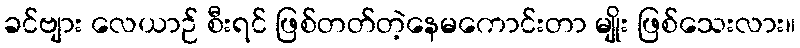
ခင်ဗျား လေယာဉ် စီးရင် ဖြစ်တတ်တဲ့နေမကောင်းတာ မျိုး ဖြစ်သေးလား။